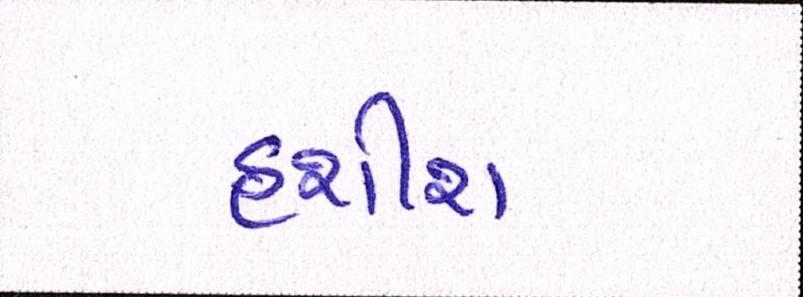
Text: હશીશ